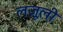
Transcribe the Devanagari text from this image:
लजू़ली